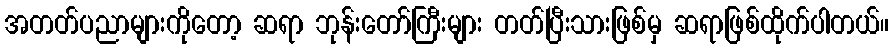
အတတ်ပညာများကိုတော့ ဆရာ ဘုန်းတော်ကြီးများ တတ်ပြီးသားဖြစ်မှ ဆရာဖြစ်ထိုက်ပါတယ်။